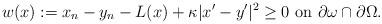
LaTeX: \begin{align*}w (x) := x_n - y_n - L (x) + \kappa |x'-y'|^2 \geq 0 \mbox{ on } \partial \omega \cap \partial \Omega.\end{align*}